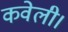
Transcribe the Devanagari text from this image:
कवेली।